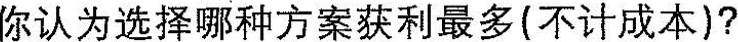
你认为选择哪种方案获利最多(不计成本)?